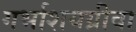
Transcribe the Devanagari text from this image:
गर्भाशयग्रीवा